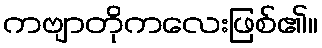
ကဗျာတိုကလေးဖြစ်၏။